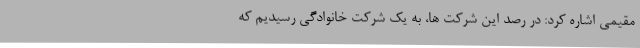
مقیمی اشاره کرد: در رصد این شرکت ها، به یک شرکت خانوادگی رسیدیم که